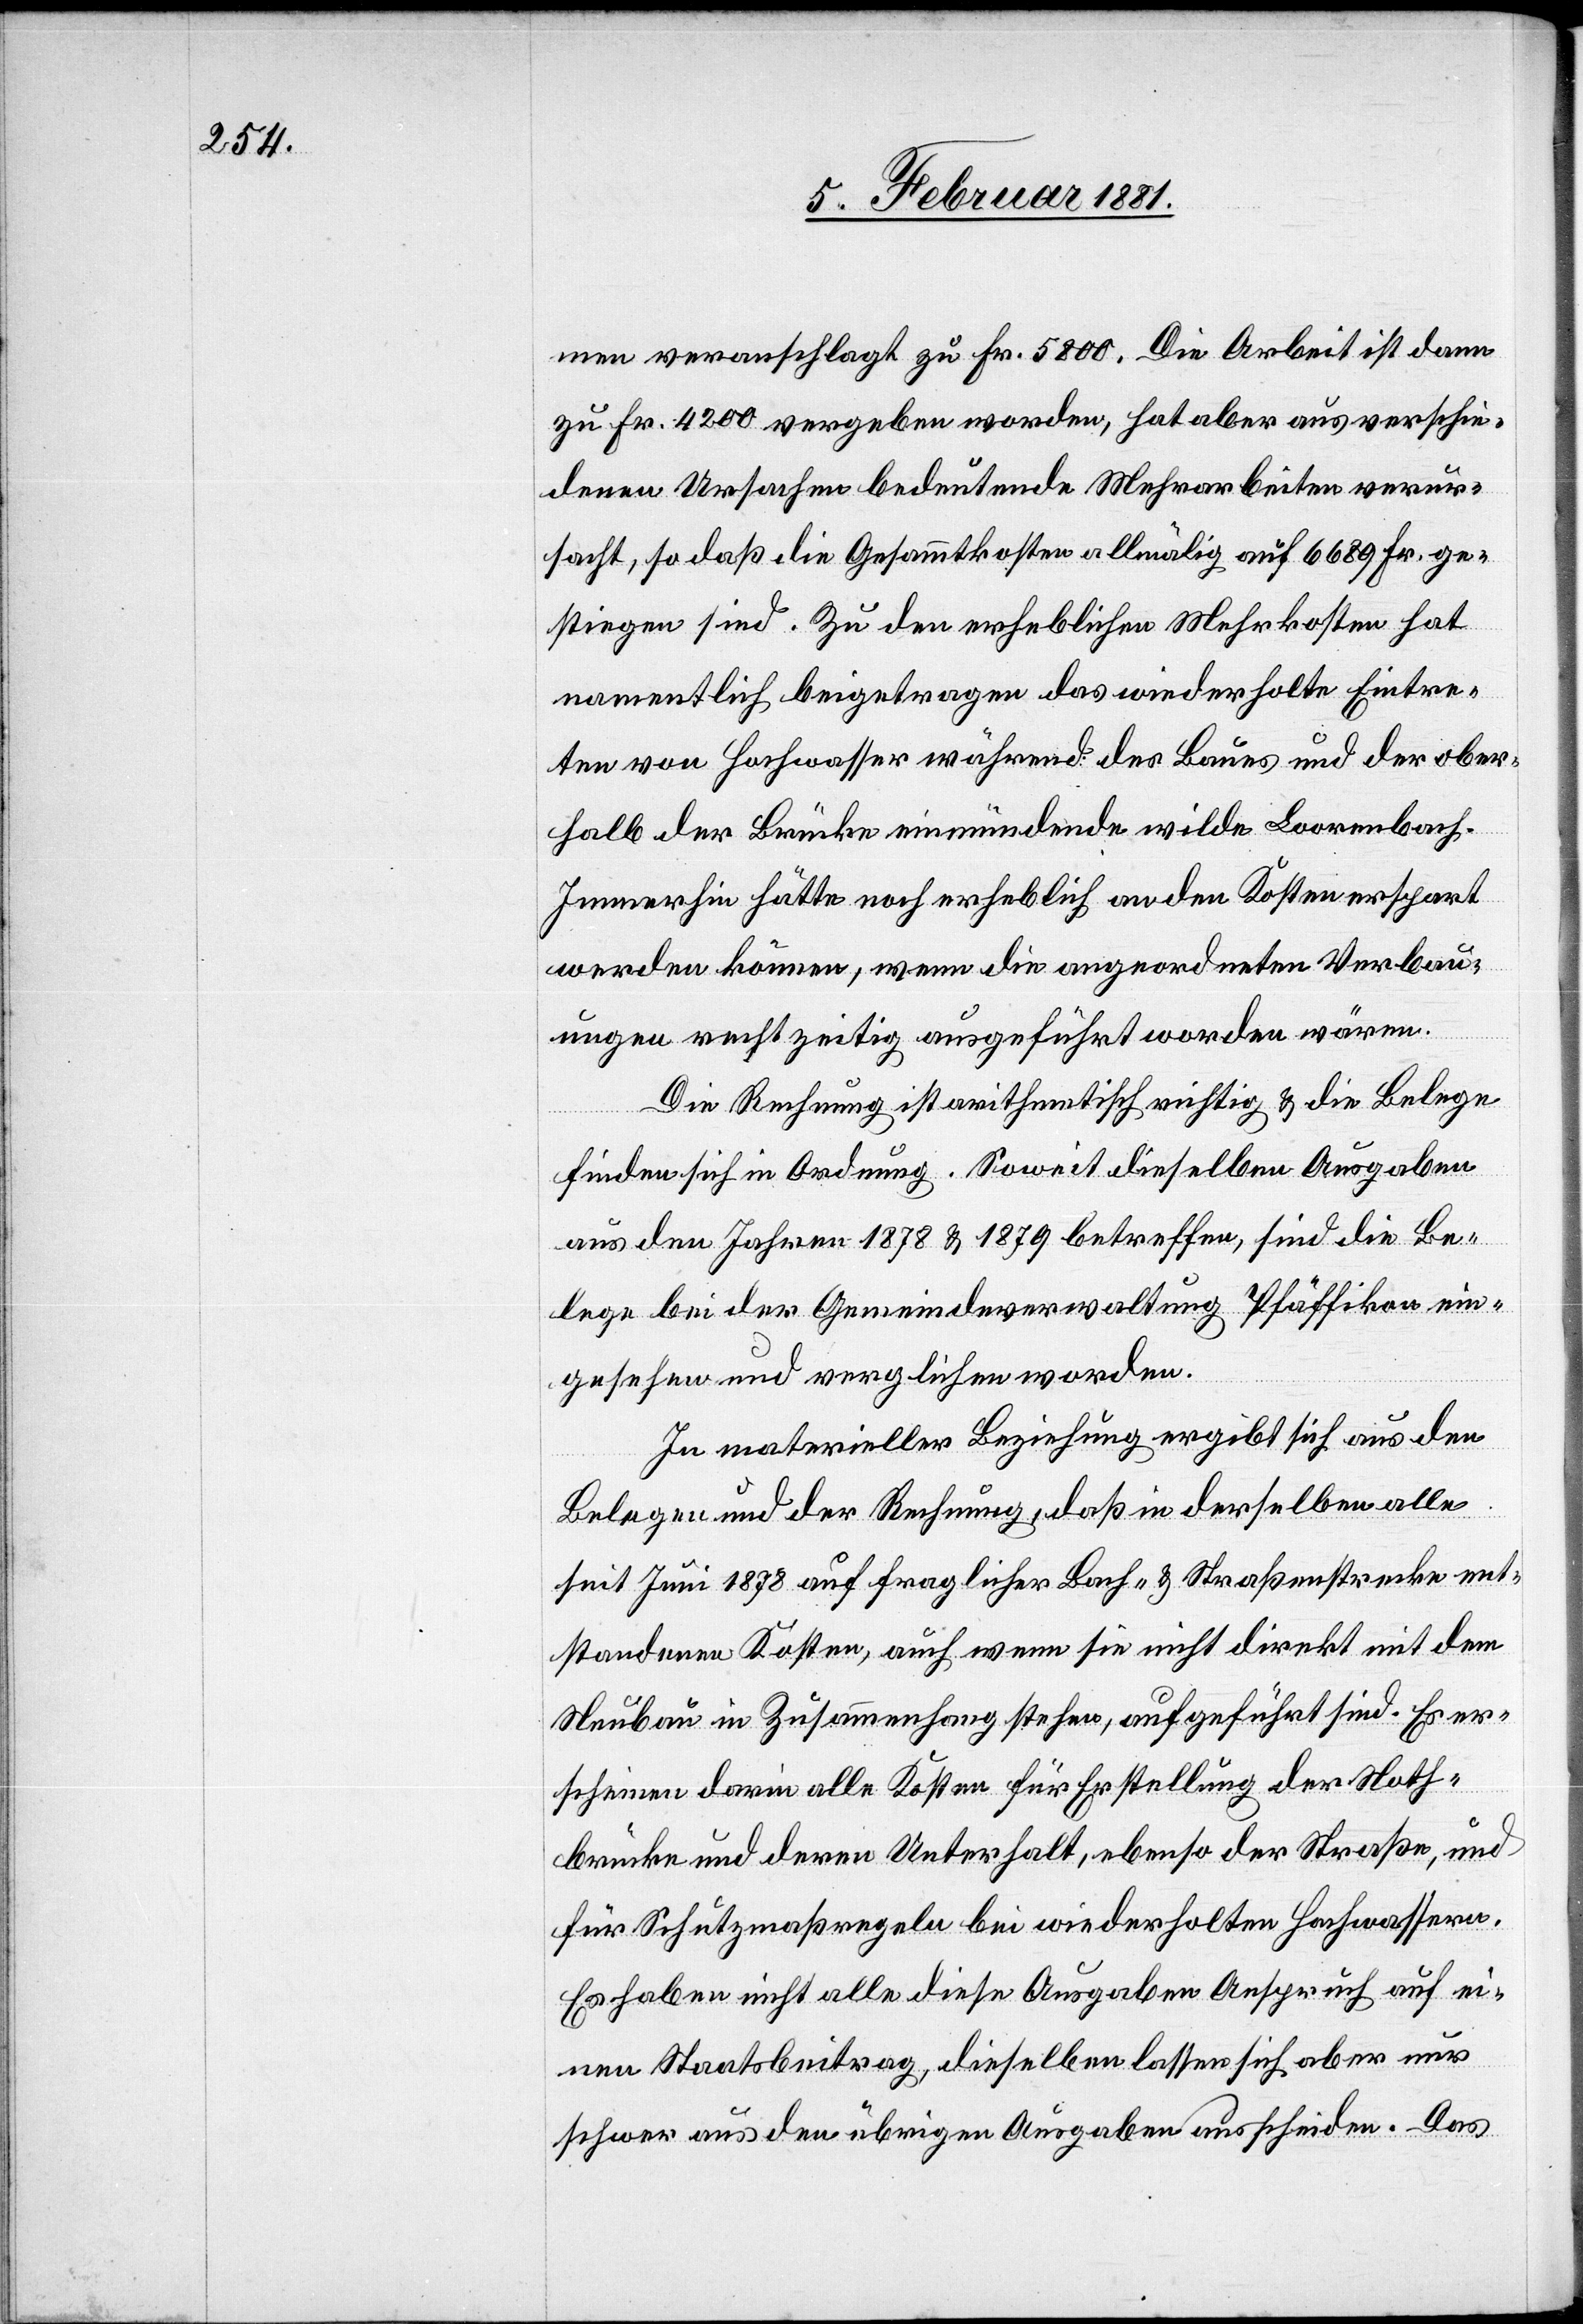
men veranschlagt zu Fr. 5800. Die Arbeit ist dann
zu Fr. 4200 vergeben worden, hat aber aus verschie¬
denen Ursachen bedeutende Mehrarbeiten verur¬
sacht, so daß die Gesammtkosten allmälig auf 6689 Fr. ge¬
stiegen sind. Zu den erheblichen Mehrkosten hat
namentlich beigetragen das wiederholte Eintre¬
ten von Hochwasser während des Baues und der ober¬
halb der Brücke einmündende wilde Loorenbach.
Immerhin hätte noch erheblich an den Kosten erspart
werden können, wenn die angeordneten Verbau¬
ungen rechtzeitig ausgeführt worden wären.
Die Rechnung ist arithmetisch richtig & die Belege
finden sich in Ordnung. Soweit dieselben Ausgaben
aus den Jahren 1878 & 1879 betreffen, sind die Be¬
lege bei der Gemeindeverwaltung Pfäffikon ein¬
gesehen und verglichen worden.
In materieller Beziehung ergibt sich aus den
Belegen und der Rechnung, daß in derselben alle
seit Juni 1878 auf fraglicher Bach- & Straßenstrecke ent¬
standenen Kosten, auch wenn sie nicht direkt mit dem
Neubau in Zusammenhang stehen, aufgeführt sind. Es er¬
scheinen darin alle Kosten für Erstellung der Noth¬
brücke und deren Unterhalt, ebenso der Straße, und
für Schutzmaßregeln bei wiederholten Hochwassern.
Es haben nicht alle diese Ausgaben Anspruch auf ei¬
nen Staatsbeitrag, dieselben lassen sich aber nur
schwer aus den übrigen Ausgaben ausscheiden. Das